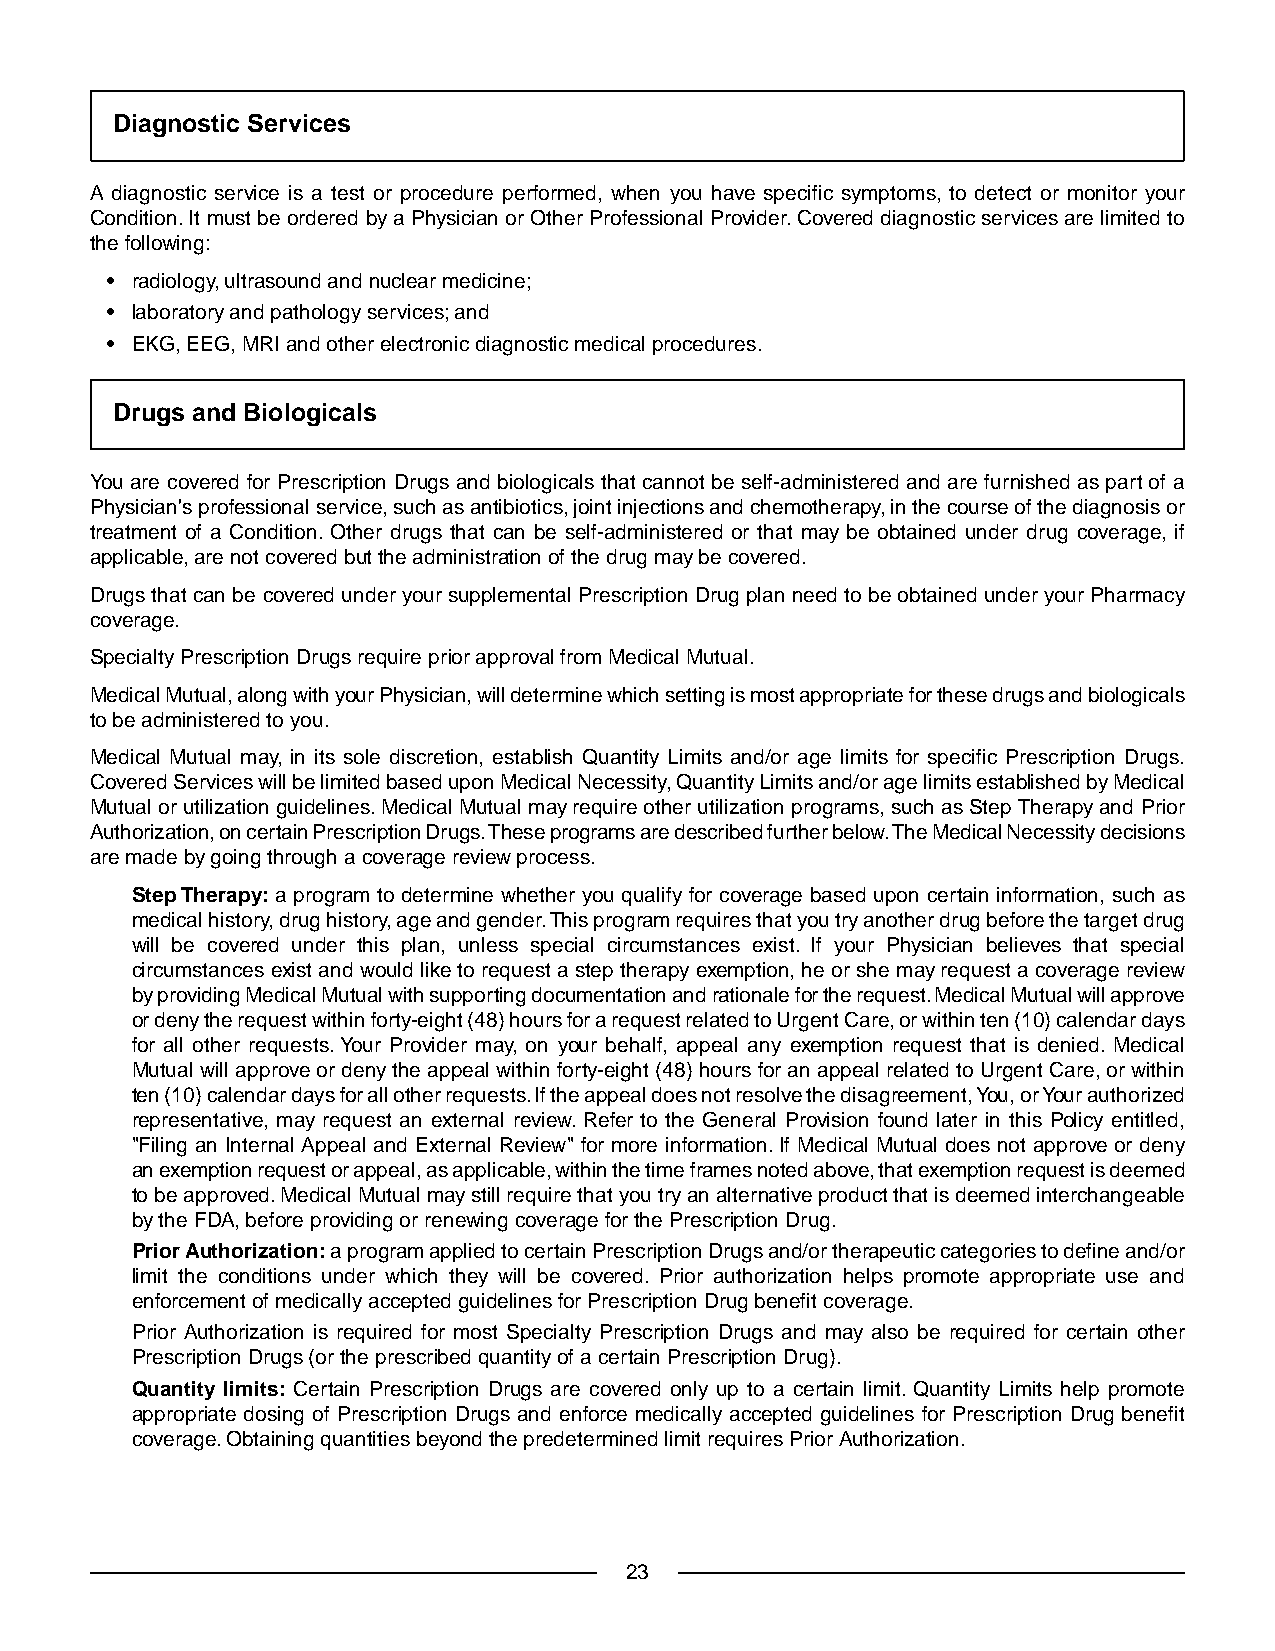
Diagnostic Services
 A diagnostic service is a test or procedure performed, when you have specific symptoms, to detect or monitor your
 Condition. It must be ordered by a Physician or Other Professional Provider. Covered diagnostic services are limited to
 the following:
 • radiology, ultrasound and nuclear medicine;
 • laboratory and pathology services; and
 • EKG, EEG, MRI and other electronic diagnostic medical procedures.
 Drugs and Biologicals
 You are covered for Prescription Drugs and biologicals that cannot be self-administered and are furnished as part of a
 Physician's professional service, such as antibiotics, joint injections and chemotherapy, in the course of the diagnosis or
 treatment of a Condition. Other drugs that can be self-administered or that may be obtained under drug coverage, if
 applicable, are not covered but the administration of the drug may be covered.
 Drugs that can be covered under your supplemental Prescription Drug plan need to be obtained under your Pharmacy
 coverage.
 Specialty Prescription Drugs require prior approval from Medical Mutual.
 Medical Mutual, along with your Physician, will determine which setting is most appropriate for these drugs and biologicals
 to be administered to you.
 Medical Mutual may, in its sole discretion, establish Quantity Limits and/or age limits for specific Prescription Drugs.
 Covered Services will be limited based upon Medical Necessity, Quantity Limits and/or age limits established by Medical
 Mutual or utilization guidelines. Medical Mutual may require other utilization programs, such as Step Therapy and Prior
 Authorization, on certain Prescription Drugs.These programs are described further below.The Medical Necessity decisions
 are made by going through a coverage review process.
 Step Therapy: a program to determine whether you qualify for coverage based upon certain information, such as
 medical history, drug history, age and gender.This program requires that you try another drug before the target drug
 will be covered under this plan, unless special circumstances exist. If your Physician believes that special
 circumstances exist and would like to request a step therapy exemption, he or she may request a coverage review
 by providing Medical Mutual with supporting documentation and rationale for the request. Medical Mutual will approve
 or deny the request within forty-eight (48) hours for a request related to Urgent Care, or within ten (10) calendar days
 for all other requests.Your Provider may, on your behalf, appeal any exemption request that is denied. Medical
 Mutual will approve or deny the appeal within forty-eight (48) hours for an appeal related to Urgent Care, or within
 ten (10) calendar days for all other requests. If the appeal does not resolve the disagreement, You, or Your authorized
 representative, may request an external review. Refer to the General Provision found later in this Policy entitled,
 "Filing an Internal Appeal and External Review" for more information. If Medical Mutual does not approve or deny
 an exemption request or appeal, as applicable, within the time frames noted above, that exemption request is deemed
 to be approved. Medical Mutual may still require that you try an alternative product that is deemed interchangeable
 by the FDA, before providing or renewing coverage for the Prescription Drug.
 Prior Authorization: a program applied to certain Prescription Drugs and/or therapeutic categories to define and/or
 limit the conditions under which they will be covered. Prior authorization helps promote appropriate use and
 enforcement of medically accepted guidelines for Prescription Drug benefit coverage.
 Prior Authorization is required for most Specialty Prescription Drugs and may also be required for certain other
 Prescription Drugs (or the prescribed quantity of a certain Prescription Drug).
 Quantity limits: Certain Prescription Drugs are covered only up to a certain limit. Quantity Limits help promote
 appropriate dosing of Prescription Drugs and enforce medically accepted guidelines for Prescription Drug benefit
 coverage. Obtaining quantities beyond the predetermined limit requires Prior Authorization.
 23